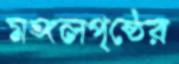
মঙ্গলপৃষ্ঠের